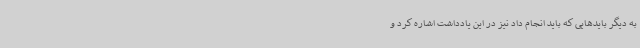
به دیگر بایدهایی که باید انجام داد نیز در این یادداشت اشاره کرد و